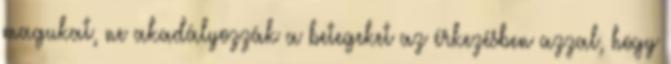
magukat, ne akadályozzák a betegeket az érkezésben azzal, hogy